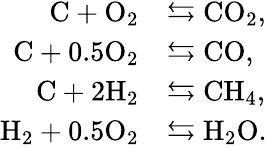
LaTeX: \begin{array}{rl}{\mathrm{C}+\mathrm{O}_{2}}&{\leftrightarrows\mathrm{CO}_{2},}\\ {\mathrm{C}+0.5\mathrm{O}_{2}}&{\leftrightarrows\mathrm{CO},}\\ {\mathrm{C}+2\mathrm{H}_{2}}&{\leftrightarrows\mathrm{CH}_{4},}\\ {\mathrm{H}_{2}+0.5\mathrm{O}_{2}}&{\leftrightarrows\mathrm{H}_{2}\mathrm{O}.}\end{array}